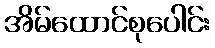
အိမ်ထောင်စုပေါင်း